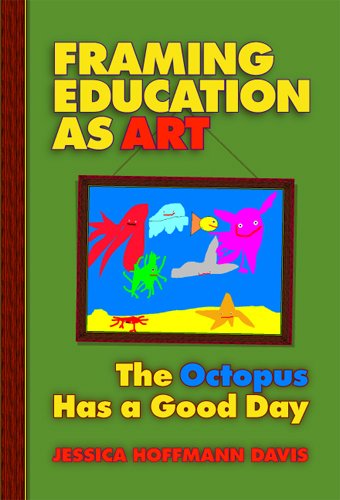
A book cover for Framing Education As Art: The Octopus Has A Good Day; Jessica Hoffmann Davis; Crafts, Hobbies & Home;